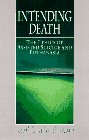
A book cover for Intending Death: The Ethics of Assisted Suicide and Euthanasia; Tom L. Beauchamp; Medical Books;